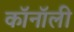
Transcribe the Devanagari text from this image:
कॉनॉली